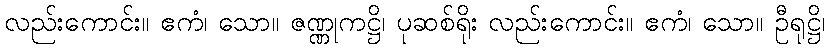
လည်းကောင်း။ ဧကံ၊ သော။ ဇဏ္ဏုကဋ္ဌိ၊ ပုဆစ်ရိုး လည်းကောင်း။ ဧကံ၊ သော။ ဦရုဋ္ဌိ၊